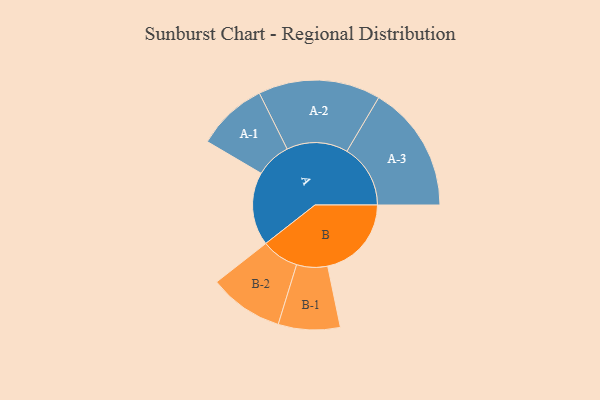
{"axis": {"x": "Segment", "y": "Value"}, "legend": ["", "A", "B"], "data": [{"x": "A", "y": 344, "type": ""}, {"x": "B", "y": 393, "type": ""}, {"x": "A-1", "y": 166, "type": "A"}, {"x": "A-2", "y": 287, "type": "A"}, {"x": "A-3", "y": 298, "type": "A"}, {"x": "B-1", "y": 145, "type": "B"}, {"x": "B-2", "y": 175, "type": "B"}]}